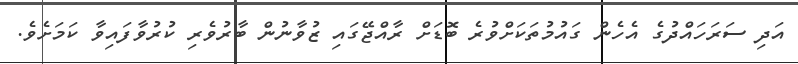
އަދި ސަރަހައްދުގެ އެހެން ގައުމުތަކަށްވުރެ ބޮޑަށް ރާއްޖޭގައި ޒުވާނުން ބާރުވެރި ކުރުވާފައިވާ ކަމަށެވެ.